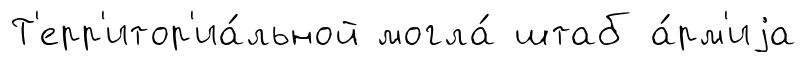
Т'ерр'итор'иа́льной могла́ штаб а́рм'иjа